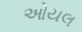
ઓયલ